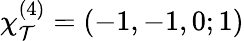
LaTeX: \chi_{\mathcal{T}}^{(4)}=(-1,-1,0;1)